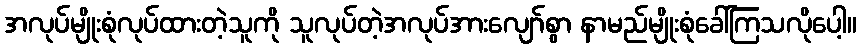
အလုပ်မျိုးစုံလုပ်ထားတဲ့သူကို သူလုပ်တဲ့အလုပ်အားလျော်စွာ နာမည်မျိုးစုံခေါ်ကြသလိုပေါ့။